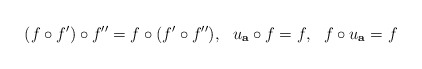
\begin{align*} (f\circ f')\circ f''=f\circ (f'\circ f''),\ \ u_{\mathbf{a}}\circ f=f,\ \ f\circ u_\mathbf{a}=f \end{align*}